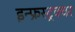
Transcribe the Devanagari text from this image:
इन्फ्रस्ट्रक्चर